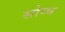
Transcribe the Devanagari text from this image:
सोव्च